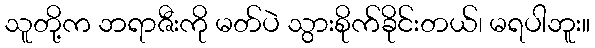
သူတို့က ဘရာဇီးကို မတ်ပဲ သွားစိုက်ခိုင်းတယ်၊ မရပါဘူး။